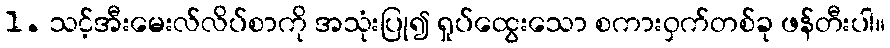
1. သင့်အီးမေးလ်လိပ်စာကို အသုံးပြု၍ ရှုပ်ထွေးသော စကားဝှက်တစ်ခု ဖန်တီးပါ။